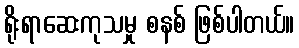
ရိုးရာဆေးကုသမှု စနစ် ဖြစ်ပါတယ်။